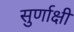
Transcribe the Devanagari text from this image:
सुर्णाक्षी